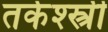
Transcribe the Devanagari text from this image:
तर्कश्स्त्री